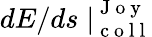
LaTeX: dE/ds\mid_{\mathrm{~c~o~l~l~}}^{\mathrm{~J~o~y~}}